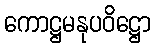
ကောဋ္ဌမနုပဝိဋ္ဌော